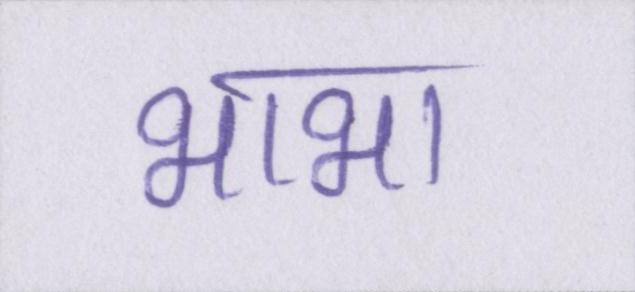
भाभा